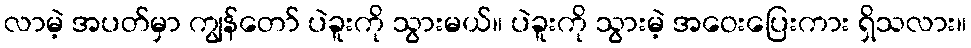
လာမဲ့ အပတ်မှာ ကျွန်တော် ပဲခူးကို သွားမယ်။ ပဲခူးကို သွားမဲ့ အဝေးပြေးကား ရှိသလား။